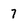
Character: 7